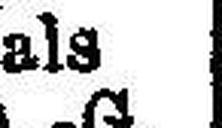
als